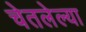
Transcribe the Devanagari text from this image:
चेतलेल्या